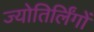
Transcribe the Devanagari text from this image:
ज्‍योतिर्लिंगों